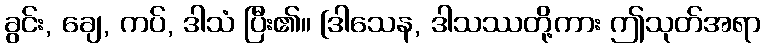
ခွင်း, ချေ, ကပ်, ဒါသံ ပြီး၏။ [ဒါသေန, ဒါသဿတို့ကား ဤသုတ်အရာ